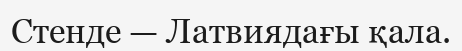
Стенде — Латвиядағы қала.